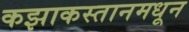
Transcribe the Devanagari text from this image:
कझाकस्तानमधून